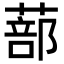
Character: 蔀